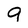
Character: g